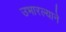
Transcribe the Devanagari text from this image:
उभारल्याने